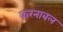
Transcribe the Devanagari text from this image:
करनाबल